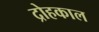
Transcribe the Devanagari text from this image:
द्रोहकाल